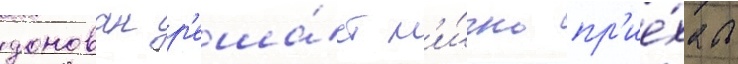
донован р'еша́ет л'и́чно пр'ие́хать